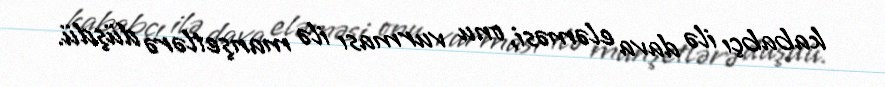
kababçı ilə dava eləməsi, onu vurması ilə manşetlərə düşdü.